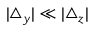
| \triangle _ { y } | \ll | \triangle _ { z } |